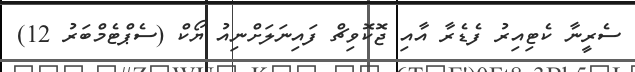
ސެރީނާ ކެޓިއިރު ފެޑެރާ އާއި ޖޮކޮވިޗް ފައިނަލަށްނިއު ޔޯކް (ސެޕްޓެމްބަރު 12)